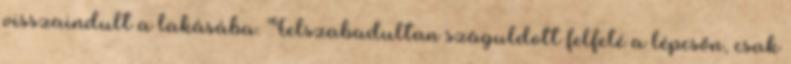
visszaindult a lakásába. Felszabadultan száguldott felfelé a lépcsőn, csak